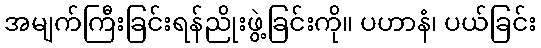
အမျက်ကြီးခြင်းရန်ညိုးဖွဲ့ခြင်းကို။ ပဟာနံ၊ ပယ်ခြင်း